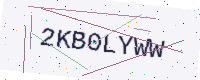
Text: 2KB0LYWW